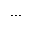
. . .